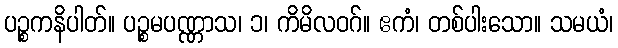
ပဉ္စကနိပါတ်။ ပဉ္စမပဏ္ဏာသ၊ ၁၊ ကိမိလဝဂ်။ ဧကံ၊ တစ်ပါးသော။ သမယံ၊